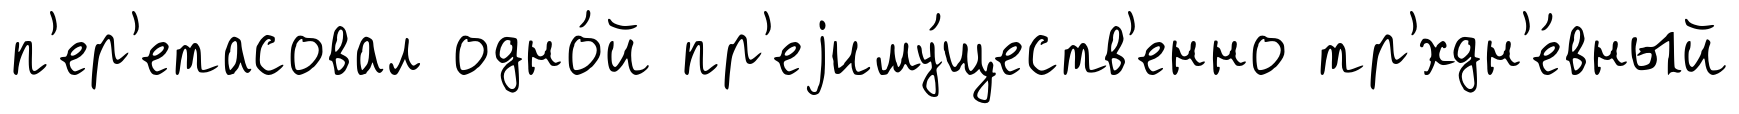
п'ер'етасовал одно́й пр'еjиму́ществ'енно тр'хдн'е́вный